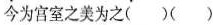
为宫室之美为之( )( )